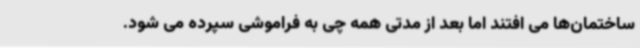
ساختمان‌ها می افتند اما بعد از مدتی همه چی به فراموشی سپرده می شود.